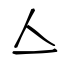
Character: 亼